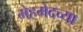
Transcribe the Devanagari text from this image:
मेहमेदच्या